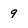
Character: 9